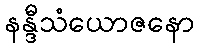
နန္ဒီသံယောဇနော